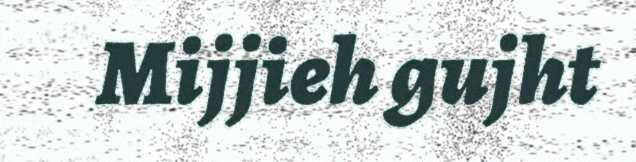
Mijjieh gujht